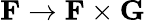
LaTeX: \mathbf{F}\rightarrow\mathbf{F}\times\mathbf{G}